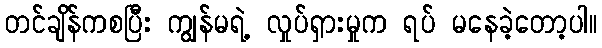
တင်ချိန်ကစပြီး ကျွန်မရဲ့ လှုပ်ရှားမှုက ရပ် မနေခဲ့တော့ပါ။